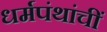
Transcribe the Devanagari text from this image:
धर्मपंथांचीं